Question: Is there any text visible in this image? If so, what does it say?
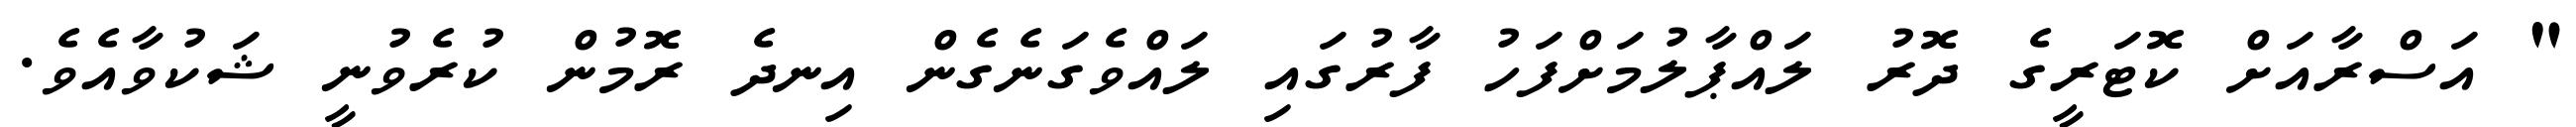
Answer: " އަސްރާއަށް ކޮޓަރީގެ ދޮރު ލައްޕާލުމަށްފަހު ފާރުގައި ލައްވެގަނެގެން އިނދެ ރޮމުން ކުރެވުނީ ޝަކުވާއެވެ.